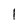
Character: I